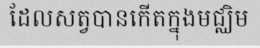
ដែលសត្វបានកើតក្នុងមជ្ឈិម